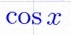
cos x